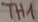
Text: TH1